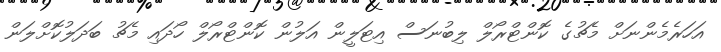
އަހަރެމެންނަށް މެޗުގެ ކޮންޓްރޯލް ލިބުނަސް އިޓަލީން އަލުން ކޮންޓްރޯލް ހޯދައި މެޗު ބަދަލުކޮށްލަން